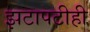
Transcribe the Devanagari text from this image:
झटापटीही